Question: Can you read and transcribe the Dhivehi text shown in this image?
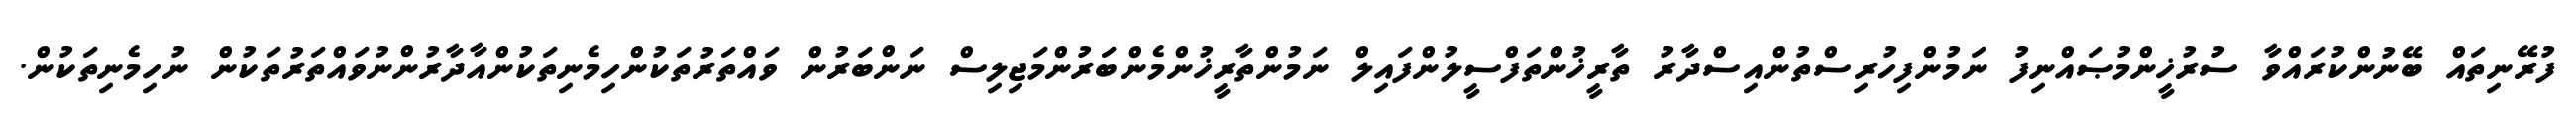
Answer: ފުރޭނިތައް ބޭނުންކުރައްވާ ސުރުޚީންމުޞައްނިފު ނަމުންފިހުރިސްތުންއިސްދާރު ތާރީޚުންތަފްސީލުންފައިލް ނަމުންތާރީޚުންމެންބަރުންމަޖިލިސް ނަންބަރުން ވައްތަރުތަކުންހިމެނިތަކުންއާދާރުންނުވައްތަރުތަކުން ނުހިމެނިތަކުން.